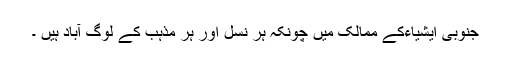
جنوبی ایشیاءکے ممالک میں چونکہ ہر نسل اور ہر مذہب کے لوگ آباد ہیں ۔